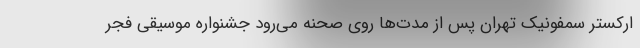
ارکستر سمفونیک تهران پس از مدت‌ها روی صحنه می‌رود جشنواره موسیقی فجر